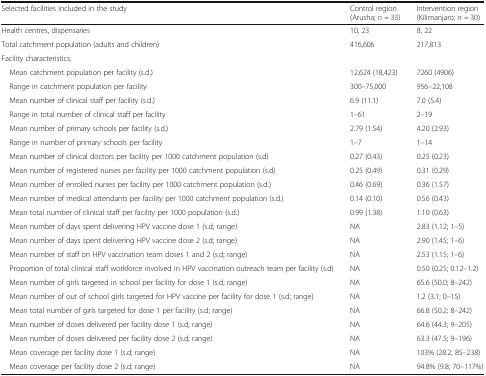
<table><thead><tr><td><b>Selected facilities included in the study</b></td><td><b>Control region (Arusha; <i>n</i> = 33)</b></td><td><b>Intervention region (Kilimanjaro; <i>n</i> = 30)</b></td></tr></thead><tbody><tr><td>Health centres, dispensaries</td><td>10, 23</td><td>8, 22</td></tr><tr><td>Total catchment population (adults and children)</td><td>416,606</td><td>217,813</td></tr><tr><td colspan="3">Facility characteristics:</td></tr><tr><td> Mean catchment population per facility (s.d.)</td><td>12,624 (18,423)</td><td>7260 (4906)</td></tr><tr><td> Range in catchment population per facility</td><td>300–75,000</td><td>956–22,108</td></tr><tr><td> Mean number of clinical staff per facility (s.d.)</td><td>6.9 (11.1)</td><td>7.0 (5.4)</td></tr><tr><td> Range in total number of clinical staff per facility</td><td>1–61</td><td>2–19</td></tr><tr><td> Mean number of primary schools per facility (s.d.)</td><td>2.79 (1.54)</td><td>4.20 (2.93)</td></tr><tr><td> Range in number of primary schools per facility</td><td>1–7</td><td>1–14</td></tr><tr><td> Mean number of clinical doctors per facility per 1000 catchment population (s.d)</td><td>0.27 (0.43)</td><td>0.25 (0.23)</td></tr><tr><td> Mean number of registered nurses per facility per 1000 catchment population (s.d)</td><td>0.25 (0.49)</td><td>0.31 (0.29)</td></tr><tr><td> Mean number of enrolled nurses per facility per 1000 catchment population (s.d.)</td><td>0.46 (0.69)</td><td>0.36 (1.57)</td></tr><tr><td> Mean number of medical attendants per facility per 1000 catchment population (s.d.)</td><td>0.14 (0.10)</td><td>0.56 (0.43)</td></tr><tr><td> Mean total number of clinical staff per facility per 1000 population (s.d.)</td><td>0.99 (1.38)</td><td>1.10 (0.63)</td></tr><tr><td> Mean number of days spent delivering HPV vaccine dose 1 (s.d; range)</td><td>NA</td><td>2.83 (1.12; 1–5)</td></tr><tr><td> Mean number of days spent delivering HPV vaccine dose 2 (s.d; range)</td><td>NA</td><td>2.90 (1.45; 1–6)</td></tr><tr><td> Mean number of staff on HPV vaccination team doses 1 and 2 (s.d; range)</td><td>NA</td><td>2.53 (1.15; 1–6)</td></tr><tr><td> Proportion of total clinical staff workforce involved in HPV vaccination outreach team per facility (s.d)</td><td>NA</td><td>0.50 (0.25; 0.12–1.2)</td></tr><tr><td> Mean number of girls targeted in school per facility for dose 1 (s.d; range)</td><td>NA</td><td>65.6 (50.0; 8–242)</td></tr><tr><td> Mean number of out of school girls targeted for HPV vaccine per facility for dose 1 (s.d; range)</td><td>NA</td><td>1.2 (3.1; 0–15)</td></tr><tr><td> Mean total number of girls targeted for dose 1 per facility (s.d; range)</td><td>NA</td><td>66.8 (50.2; 8–242)</td></tr><tr><td> Mean number of doses delivered per facility dose 1 (s.d; range)</td><td>NA</td><td>64.6 (44.3; 9–205)</td></tr><tr><td> Mean number of doses delivered per facility dose 2 (s.d; range)</td><td>NA</td><td>63.3 (47.5; 9–196)</td></tr><tr><td> Mean coverage per facility dose 1 (s.d; range)</td><td>NA</td><td>103% (28.2; 85–238)</td></tr><tr><td> Mean coverage per facility dose 2 (s.d; range)</td><td>NA</td><td>94.8% (9.8; 70–117%)</td></tr></tbody></table>